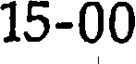
15-00